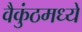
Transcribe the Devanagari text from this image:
वैकुंठमध्ये